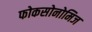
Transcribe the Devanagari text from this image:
फोकसोनोमिज